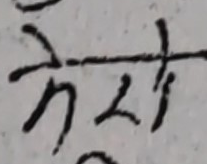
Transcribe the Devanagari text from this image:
केही